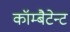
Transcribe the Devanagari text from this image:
कॉम्बैटेन्ट